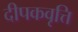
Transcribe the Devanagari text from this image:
दीपकवृत्ति